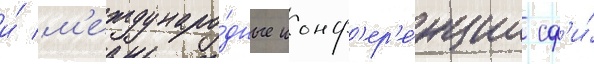
и́ м'еждунаро́дные конф'ер'е́нции сф'и́